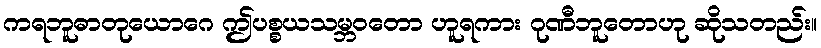
ကရဘူဓာတုယောဂေ ဤပစ္စယသမ္ဘဝတော ဟူရကား ဂုဏီဘူတောဟု ဆိုသတည်း။